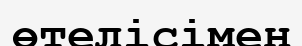
өтелісімен